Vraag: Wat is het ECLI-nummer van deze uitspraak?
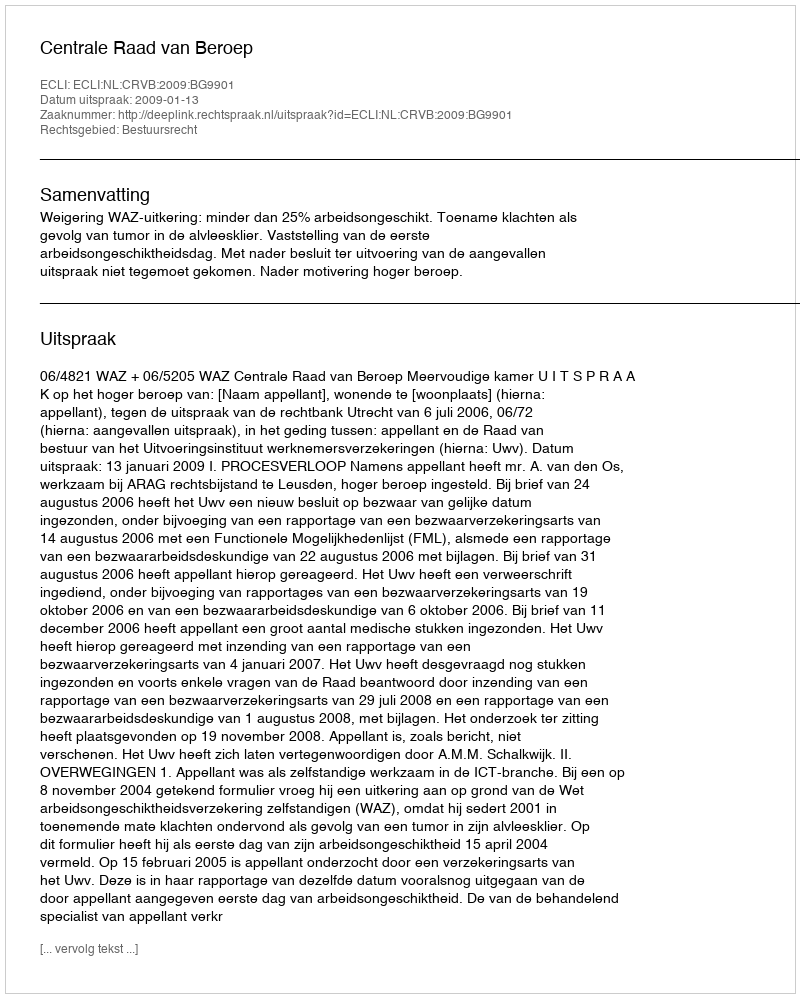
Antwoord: ECLI:NL:CRVB:2009:BG9901